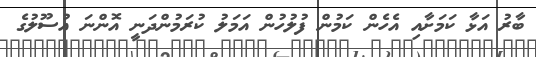
ބާރު އަޅާ ކަމަށާއި އެހެން ކަމުން ފުލުހުން އަމަލު ކުރަމުންދަނީ އޮންނަ އުސޫލުގެ